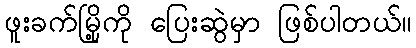
ဖူးခက်မြို့ကို ပြေးဆွဲမှာ ဖြစ်ပါတယ်။